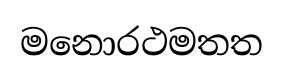
මනොරථමතත